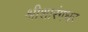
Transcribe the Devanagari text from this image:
श्रीशारंगधर